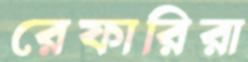
রেফারিরা